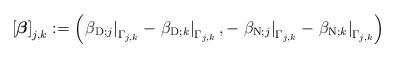
LaTeX: \begin{align*}\left[\mbox{\boldmath$ \beta$}\right] _{j,k}:=\left( \left. \beta_{\operatorname*{D};j}\right\vert_{\Gamma_{j,k}}-\left. \beta_{\operatorname*{D};k}\right\vert _{\Gamma_{j,k}},-\left. \beta_{\operatorname*{N};j}\right\vert _{\Gamma_{j,k}}-\left.\beta_{\operatorname*{N};k}\right\vert _{\Gamma_{j,k}}\right)\end{align*}